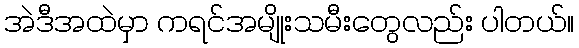
အဲဒီအထဲမှာ ကရင်အမျိုးသမီးတွေလည်း ပါတယ်။